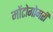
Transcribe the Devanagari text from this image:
मोंटोगोमरी